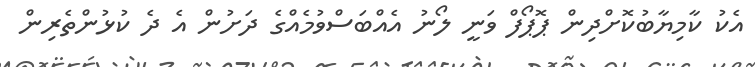
އެކު ކާމިޔާބުކޮށްދިން ޕޮޕޯފް ވަނީ ލޯނު އެއްބަސްވުމެއްގެ ދަށުން އެ ދެ ކުޅުންތެރިން